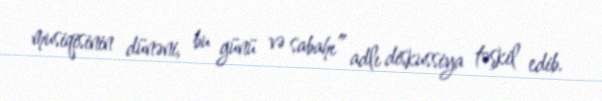
musiqisinin dünəni, bu günü və sabahı” adlı diskussiya təşkil edib.